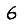
Digit: 6